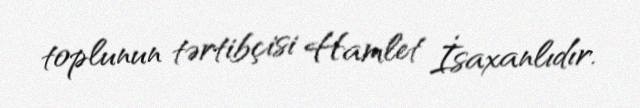
toplunun tərtibçisi Hamlet İsaxanlıdır.